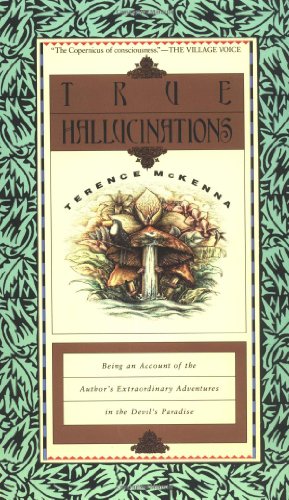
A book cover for True Hallucinations: Being an Account of the Author's Extraordinary Adventures in the Devil's Paradise; Terence McKenna; Religion & Spirituality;